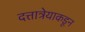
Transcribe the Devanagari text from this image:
दत्तात्रेयाकडून